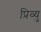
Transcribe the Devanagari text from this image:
प्रिव्यु